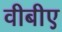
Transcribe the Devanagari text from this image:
वीबीए